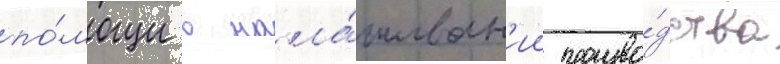
по́мощи в нала́живан'ии произво́дства